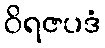
ဝိရဇပဒံ